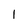
Character: 1